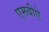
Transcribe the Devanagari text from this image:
एमबीऐ